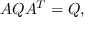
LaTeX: A Q A ^ { T } = Q ,